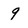
Character: 9